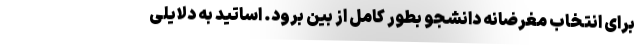
برای انتخاب مغرضانه دانشجو بطور کامل از بین برود. اساتید به دلایلی